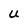
Character: U